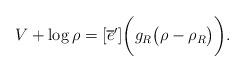
LaTeX: \begin{align*}V+\log\rho=[\overline{e}^{\prime}]\bigg(g_{R}\big(\rho-\rho_{R}\big)\bigg).\end{align*}